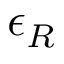
\epsilon _ { R }